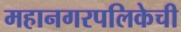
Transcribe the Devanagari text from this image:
महानगरपलिकेची